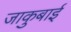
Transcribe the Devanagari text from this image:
जाकुबाई